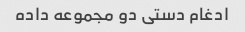
ادغام دستی دو مجموعه داده